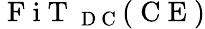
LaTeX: \mathrm{~F~i~T~}_{\mathrm{~D~C~}}(\mathrm{~C~E~})